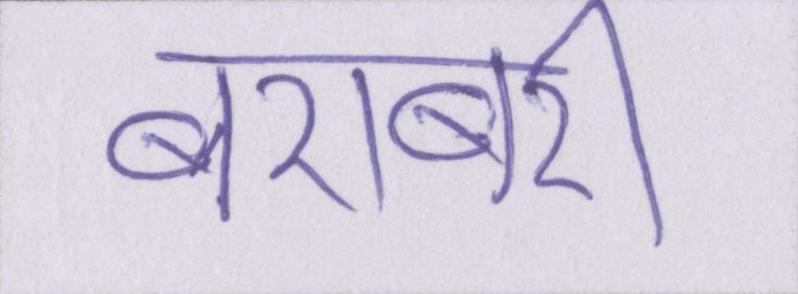
बराबरी